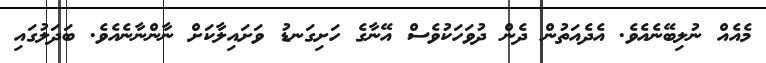
މެއެއް ނުލިބޭނެއެވެ. އެދެއަތުން ދެން ދުވަހަކުވެސް އޭނާގެ ހަށިގަނޑު ވަށައިލާކަށް ނާންނާނެއެވެ. ބަދަލުގައި